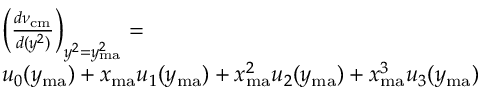
\begin{array} { r l } { ~ ~ ~ } & { \left( \frac { d \nu _ { \mathrm { c m } } } { d ( y ^ { 2 } ) } \right) _ { y ^ { 2 } = y _ { \mathrm { m a } } ^ { 2 } } = } \\ & { u _ { 0 } ( y _ { \mathrm { m a } } ) + x _ { \mathrm { m a } } u _ { 1 } ( y _ { \mathrm { m a } } ) + x _ { \mathrm { m a } } ^ { 2 } u _ { 2 } ( y _ { \mathrm { m a } } ) + x _ { \mathrm { m a } } ^ { 3 } u _ { 3 } ( y _ { \mathrm { m a } } ) } \end{array}